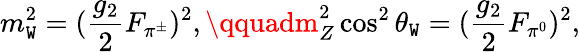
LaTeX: m_{\mathtt{W}}^{2}=({\frac{{g_{2}}}{{2}}}F_{\pi^{\pm}})^{2},\qquadm_{Z}^{2}\cos^{2}\theta_{\mathtt{W}}=({\frac{{g_{2}}}{{2}}}F_{\pi^{0}})^{2},